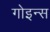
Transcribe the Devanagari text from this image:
गोइन्स